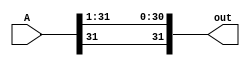
module sra1(out, A);
    input [31:0] A;
    output [31:0] out; 

    assign out[31] = A[31];
    assign out[30:0] = A[31:1];

endmodule